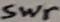
Text: Swr